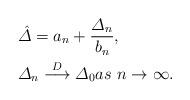
LaTeX: \begin{align*} &\hat{\varDelta} = a_n + \frac{\varDelta_{n}}{b_n},\\&\varDelta_{n} \stackrel{D} \longrightarrow \varDelta_0 as \ n \rightarrow\infty.\end{align*}